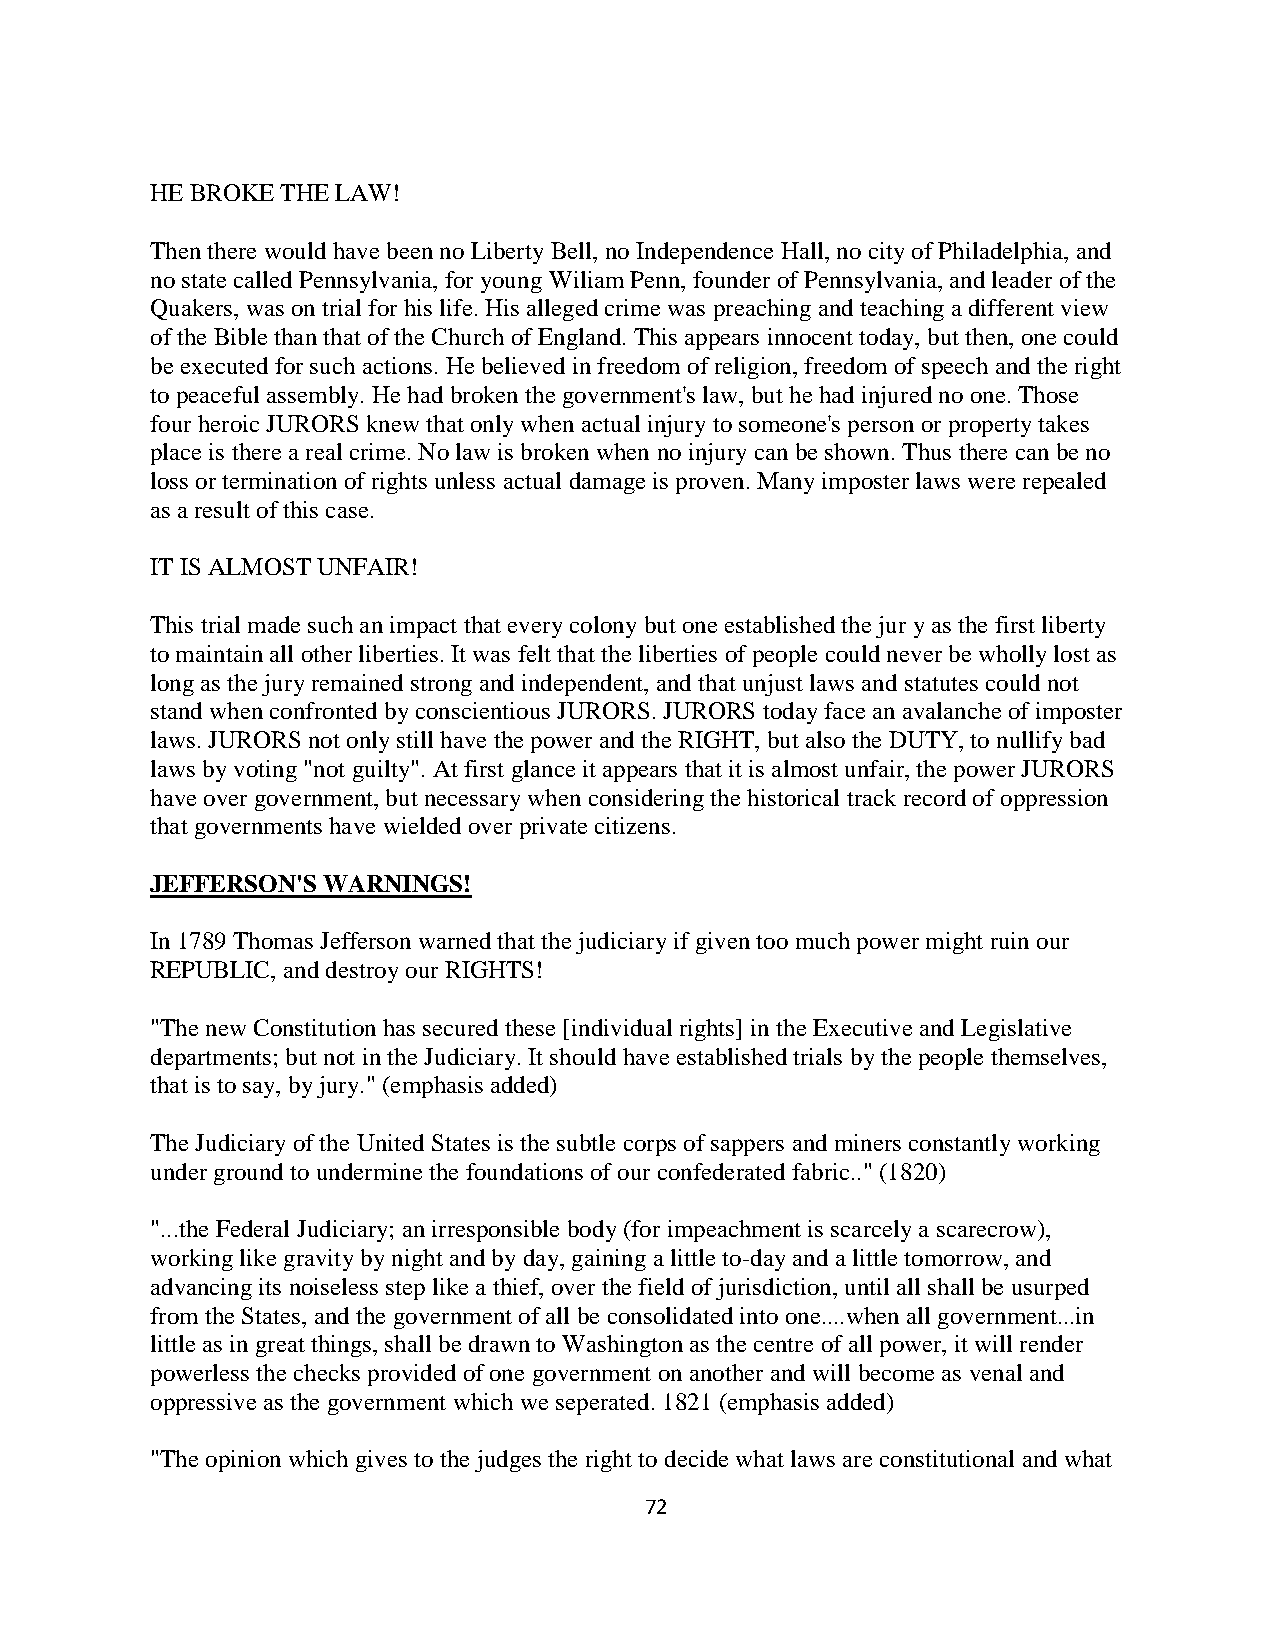
HE BROKE THE LAW!
 Then there would have been no Liberty Bell, no Independence Hall, no city of Philadelphia, and
 no state called Pennsylvania, for young Wiliam Penn, founder of Pennsylvania, and leader of the
 Quakers, was on trial for his life. His alleged crime was preaching and teaching a different view
 of the Bible than that of the Church of England. This appears innocent today, but then, one could
 be executed for such actions. He believed in freedom of religion, freedom of speech and the right
 to peaceful assembly. He had broken the government's law, but he had injured no one. Those
 four heroic JURORS knew that only when actual injury to someone's person or property takes
 place is there a real crime. No law is broken when no injury can be shown. Thus there can be no
 loss or termination of rights unless actual damage is proven. Many imposter laws were repealed
 as a result of this case.
 IT IS ALMOST UNFAIR!
 This trial made such an impact that every colony but one established the jur y as the first liberty
 to maintain all other liberties. It was felt that the liberties of people could never be wholly lost as
 long as the jury remained strong and independent, and that unjust laws and statutes could not
 stand when confronted by conscientious JURORS. JURORS today face an avalanche of imposter
 laws. JURORS not only still have the power and the RIGHT, but also the DUTY, to nullify bad
 laws by voting "not guilty". At first glance it appears that it is almost unfair, the power JURORS
 have over government, but necessary when considering the historical track record of oppression
 that governments have wielded over private citizens.
 JEFFERSON'S WARNINGS!
 In 1789 Thomas Jefferson warned that the judiciary if given too much power might ruin our
 REPUBLIC, and destroy our RIGHTS!
 "The new Constitution has secured these [individual rights] in the Executive and Legislative
 departments; but not in the Judiciary. It should have established trials by the people themselves,
 that is to say, by jury." (emphasis added)
 The Judiciary of the United States is the subtle corps of sappers and miners constantly working
 under ground to undermine the foundations of our confederated fabric.." (1820)
 "...the Federal Judiciary; an irresponsible body (for impeachment is scarcely a scarecrow),
 working like gravity by night and by day, gaining a little to-day and a little tomorrow, and
 advancing its noiseless step like a thief, over the field of jurisdiction, until all shall be usurped
 from the States, and the government of all be consolidated into one....when all government...in
 little as in great things, shall be drawn to Washington as the centre of all power, it will render
 powerless the checks provided of one government on another and will become as venal and
 oppressive as the government which we seperated. 1821 (emphasis added)
 "The opinion which gives to the judges the right to decide what laws are constitutional and what
 72